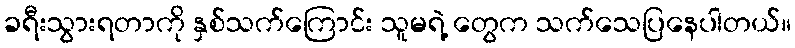
ခရီးသွားရတာကို နှစ်သက်ကြောင်း သူမရဲ့ တွေက သက်သေပြနေပါတယ်။